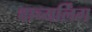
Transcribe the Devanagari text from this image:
वाच्यर्लिंग